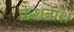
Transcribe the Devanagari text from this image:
केशनाश